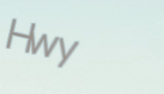
Hwy